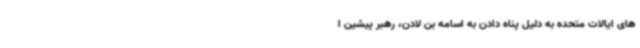
های ایالات متحده به دلیل پناه دادن به اسامه بن لادن، رهبر پیشین ا